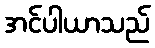
အင်ပါယာသည်